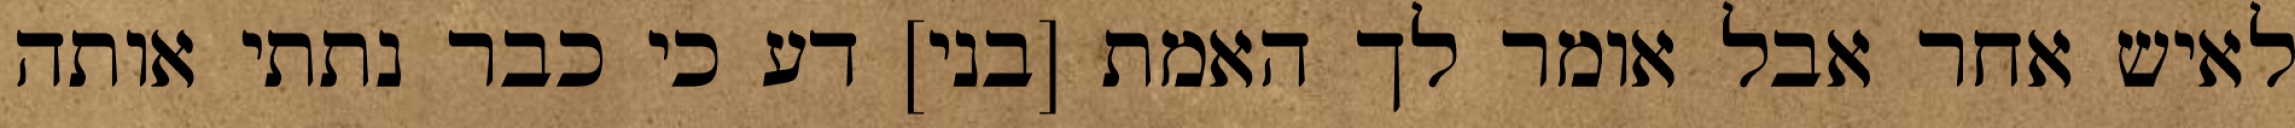
לאיש אחר אבל אומר לך האמת [בני] דע כי כבר נתתי אותה